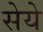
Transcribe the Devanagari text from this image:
सेये